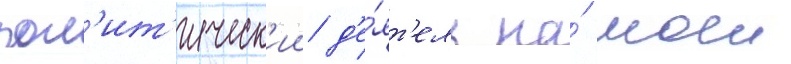
пол'ит'ическ'ии д'е́ят'ель на́ моеи